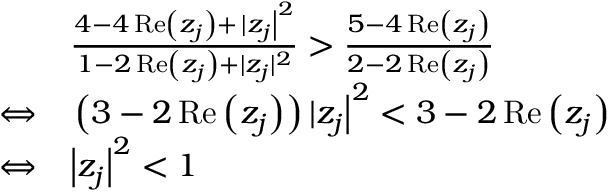
\begin{array} { r l } & { \frac { 4 - 4 \operatorname { R e } \left( z _ { j } \right) + \left. | z _ { j } \right| ^ { 2 } } { 1 - 2 \operatorname { R e } \left( z _ { j } \right) + | z _ { j } | ^ { 2 } } > \frac { 5 - 4 \operatorname { R e } \left( z _ { j } \right) } { 2 - 2 \operatorname { R e } \left( z _ { j } \right) } } \\ { \Leftrightarrow } & { \left. \left( 3 - 2 \operatorname { R e } \left( z _ { j } \right) \right) | z _ { j } \right| ^ { 2 } < 3 - 2 \operatorname { R e } \left( z _ { j } \right) } \\ { \Leftrightarrow } & { \left| z _ { j } \right| ^ { 2 } < 1 } \end{array}